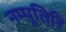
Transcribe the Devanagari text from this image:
नम्पूतिरि